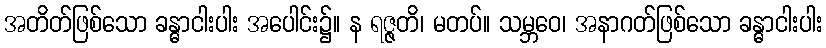
အတိတ်ဖြစ်သော ခန္ဓာငါးပါး အပေါင်း၌။ န ရဇ္ဇတိ၊ မတပ်။ သမ္ဘဝေ၊ အနာဂတ်ဖြစ်သော ခန္ဓာငါးပါး